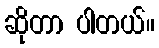
ဆိုတာ ပါတယ်။